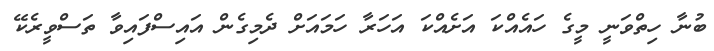
ބުނާ ހިތްވަނީ މީގެ ހައެއްކަ އަށެއްކަ އަހަރާ ހަމައަށް ދެމިގެން އައިސްފައިވާ ތަސްވީރެކޭ